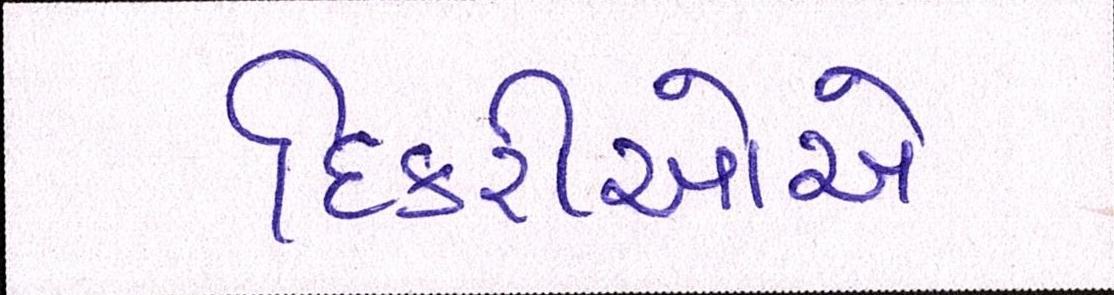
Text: દિકરીઓએ